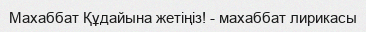
Махаббат Құдайына жетіңіз! - махаббат лирикасы